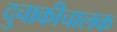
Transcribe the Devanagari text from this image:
दुचाकीचालक